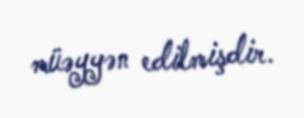
müəyyən edilmişdir.